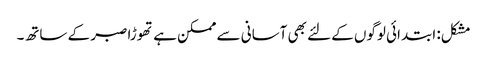
مشکل: ابتدائی لوگوں کے لئے بھی آسانی سے ممکن ہے تھوڑا صبر کے ساتھ۔